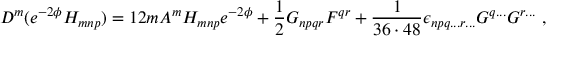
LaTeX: D ^ { m } ( e ^ { - 2 \phi } H _ { m n p } ) = 1 2 m A ^ { m } H _ { m n p } e ^ { - 2 \phi } + \frac { 1 } { 2 } G _ { n p q r } F ^ { q r } + { \frac { 1 } { 3 6 \cdot 4 8 } } \epsilon _ { n p q . . . r . . . } G ^ { q . . . } G ^ { r . . . } \ ,